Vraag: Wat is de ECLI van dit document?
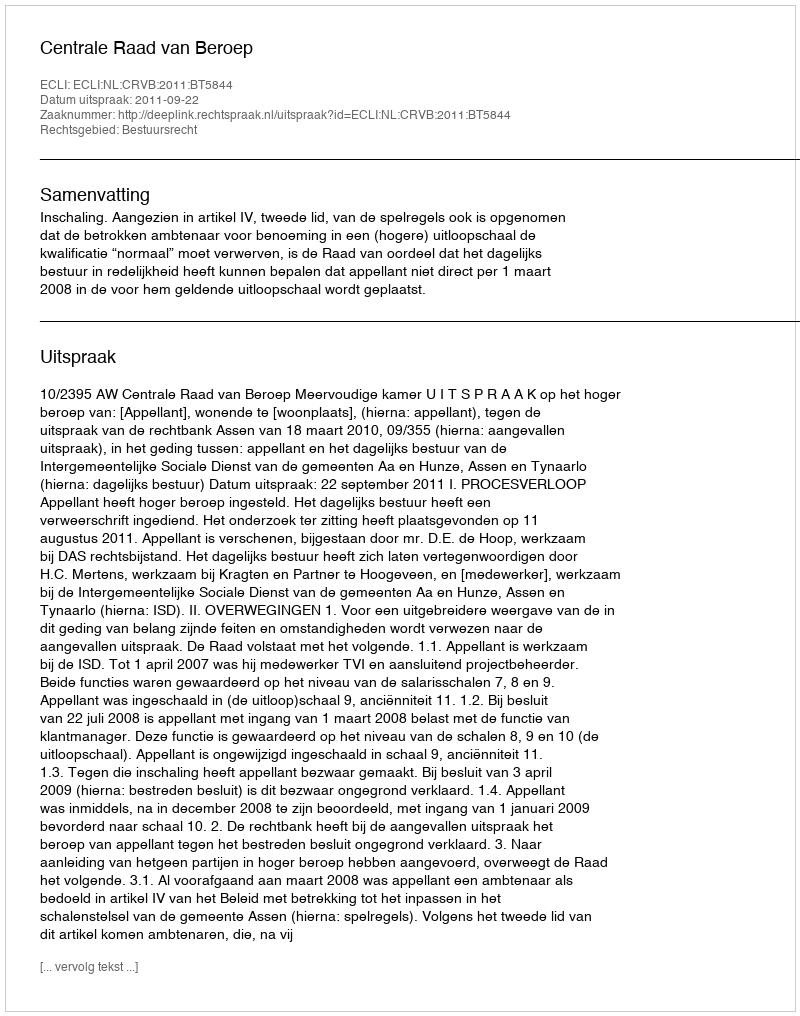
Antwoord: ECLI:NL:CRVB:2011:BT5844